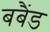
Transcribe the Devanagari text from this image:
बबैंड